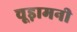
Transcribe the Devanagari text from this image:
चूड़ामनी